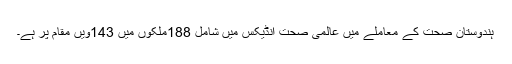
ہندوستان صحت کے معاملے میں عالمی صحت انڈیکس میں شامل 188ملکوں میں 143ویں مقام پر ہے۔